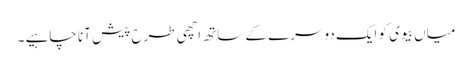
میاں بیوی کو ایک دوسرے کے ساتھ اچھی طرح پیش آنا چاہیے ۔